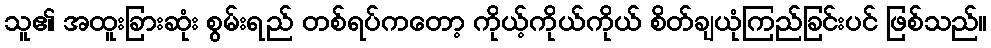
သူ၏ အထူးခြားဆုံး စွမ်းရည် တစ်ရပ်ကတော့ ကိုယ့်ကိုယ်ကိုယ် စိတ်ချယုံကြည်ခြင်းပင် ဖြစ်သည်။